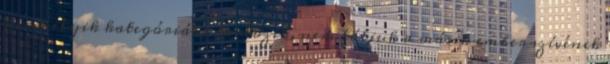
ki-melyik kategóriába tartozik, nem látjuk a másik ember szívének